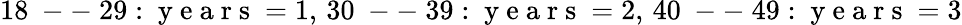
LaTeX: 18\mathrm{~--~}29:\mathrm{~y~e~a~r~s~}=1,\, 30\mathrm{~--~}39:\mathrm{~y~e~a~r~s~}=2,\, 40\mathrm{~--~}49:\mathrm{~y~e~a~r~s~}=3